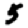
Digit: 5